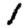
Digit: 1